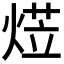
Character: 𭵋